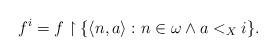
LaTeX: \begin{align*}f^i = f \upharpoonright \{ \langle n,a \rangle : n \in \omega \wedge a <_X i \}.\end{align*}